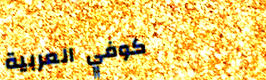
كوفي العربية